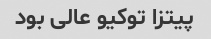
پیتزا توکیو عالی بود